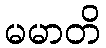
မမာတိ